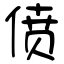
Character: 偾